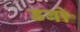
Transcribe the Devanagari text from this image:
डबो